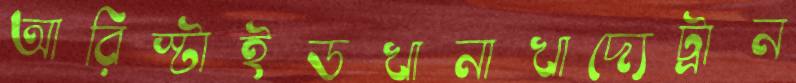
আরিস্টাইডখানাখাদ্যেট্রান